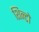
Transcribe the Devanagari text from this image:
शिन्टो